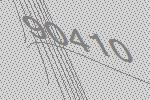
90410